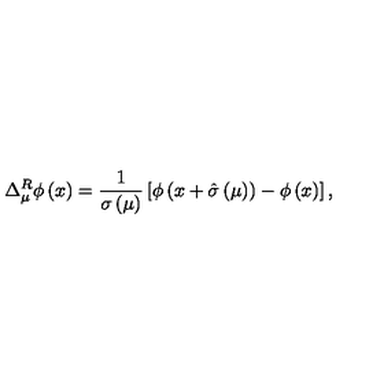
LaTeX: \Delta _ { \mu } ^ { R } \phi \left( x \right) = { \frac { 1 } { \sigma \left( \mu \right) } } \left[ \phi \left( x + \hat { \sigma } \left( \mu \right) \right) - \phi \left( x \right) \right] ,